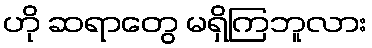
ဟို ဆရာတွေ မရှိကြဘူလား